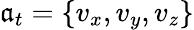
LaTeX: \mathfrak{a}_{t}=\{ v_{x},v_{y},v_{z}\}